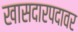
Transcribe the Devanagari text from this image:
खासदारपदावर